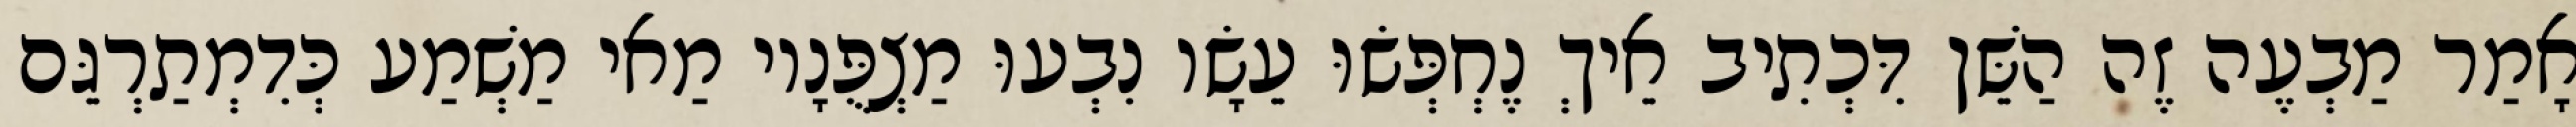
אָמַר מַבְעֶה זֶה הַשֵּׁן דִּכְתִיב אֵיךְ נֶחְפְּשׂוּ עֵשָׂו נִבְעוּ מַצְפֻּנָיו מַאי מַשְׁמַע כְּדִמְתַרְגֵּם